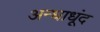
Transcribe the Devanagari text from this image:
अन्धाधूंद